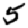
Digit: 5